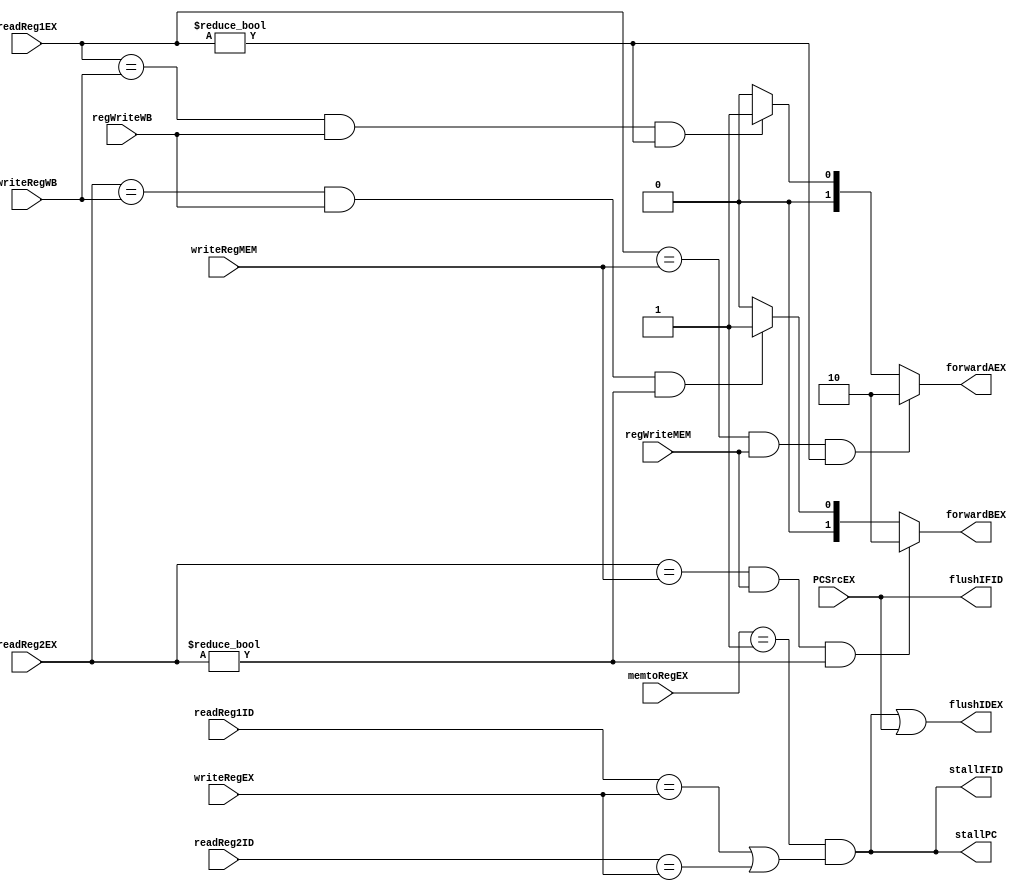
module Hazard(
    input [4:0] readReg1ID,
    input [4:0] readReg2ID,
    input [4:0] readReg1EX,
    input [4:0] readReg2EX,
    input [4:0] writeRegEX,
    input [4:0] writeRegMEM,
    input [4:0] writeRegWB,
    input regWriteMEM,
    input regWriteWB,
    input PCSrcEX,
    input [1:0] memtoRegEX,

    output stallPC,
    output flushIFID, 
    output stallIFID, 
    output flushIDEX,
    output reg [1:0] forwardAEX,
    output reg [1:0] forwardBEX
);

    reg lwStall;
    always @(*) begin
        forwardAEX = 2'b00;
        if(readReg1EX == writeRegMEM && regWriteMEM && (readReg1EX != 0)) forwardAEX = 2'b10;
        else if(readReg1EX == writeRegWB && regWriteWB && (readReg1EX != 0)) forwardAEX = 2'b01;

        forwardBEX = 2'b00;
        if(readReg2EX == writeRegMEM && regWriteMEM && (readReg2EX != 0)) forwardBEX = 2'b10;
        else if(readReg2EX == writeRegWB && regWriteWB && (readReg2EX != 0)) forwardBEX = 2'b01;

        lwStall = (memtoRegEX == 2'b01) && ((readReg1ID == writeRegEX) || (readReg2ID == writeRegEX));
    end

    assign stallPC = lwStall;
    assign stallIFID = lwStall;

    assign flushIFID = PCSrcEX;
    assign flushIDEX = (lwStall || PCSrcEX);

endmodule